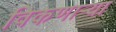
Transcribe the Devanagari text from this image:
विकणार्‍या